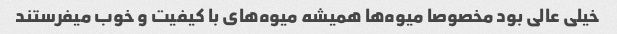
خیلی عالی بود مخصوصا میوه‌ها همیشه میوه‌های با ‌کیفیت و خوب میفرستند